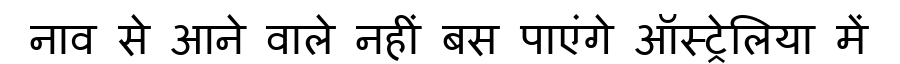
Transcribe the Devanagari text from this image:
नाव से आने वाले नहीं बस पाएंगे ऑस्ट्रेलिया में